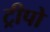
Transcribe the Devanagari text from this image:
ट्रीपो